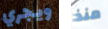
ويجري منذ